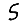
Digit: 5